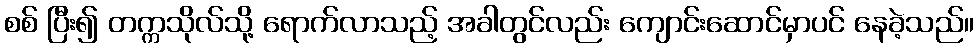
စစ် ပြီး၍ တက္ကသိုလ်သို့ ရောက်လာသည့် အခါတွင်လည်း ကျောင်းဆောင်မှာပင် နေခဲ့သည်။